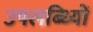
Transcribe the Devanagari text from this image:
उपलब्ध्यिों